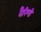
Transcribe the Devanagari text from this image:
वैरिणी